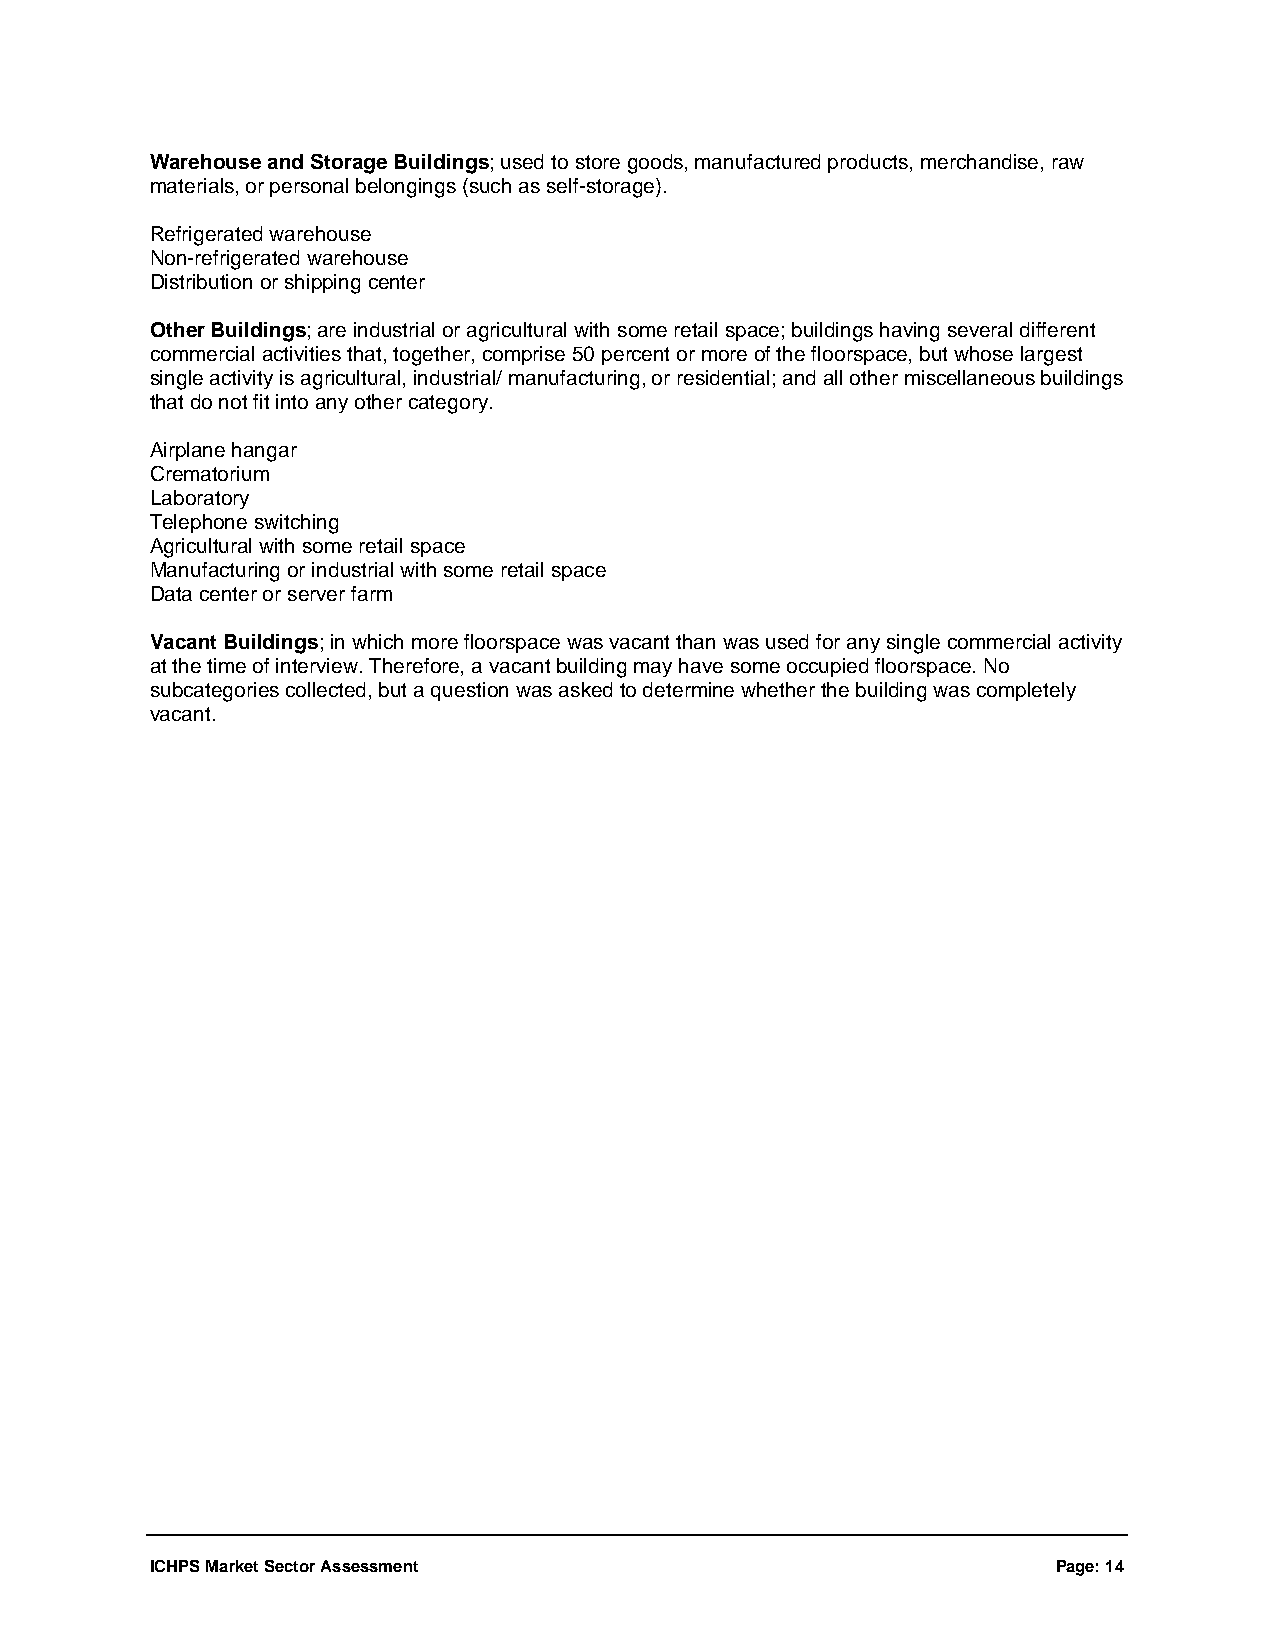
Warehouse and Storage Buildings; used to store goods, manufactured products, merchandise, raw
 materials, or personal belongings (such as self-storage).
 Refrigerated warehouse
 Non-refrigerated warehouse
 Distribution or shipping center
 Other Buildings; are industrial or agricultural with some retail space; buildings having several different
 commercial activities that, together, comprise 50 percent or more of the floorspace, but whose largest
 single activity is agricultural, industrial/ manufacturing, or residential; and all other miscellaneous buildings
 that do not fit into any other category.
 Airplane hangar
 Crematorium
 Laboratory
 Telephone switching
 Agricultural with some retail space
 Manufacturing or industrial with some retail space
 Data center or server farm
 Vacant Buildings; in which more floorspace was vacant than was used for any single commercial activity
 at the time of interview. Therefore, a vacant building may have some occupied floorspace. No
 subcategories collected, but a question was asked to determine whether the building was completely
 vacant.
 ICHPS Market Sector Assessment                              Page: 14